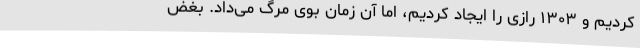
کردیم و ۱۳۰۳ رازی را ایجاد کردیم، اما آن زمان بوی مرگ می‌داد. بغض